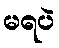
မရပဲ